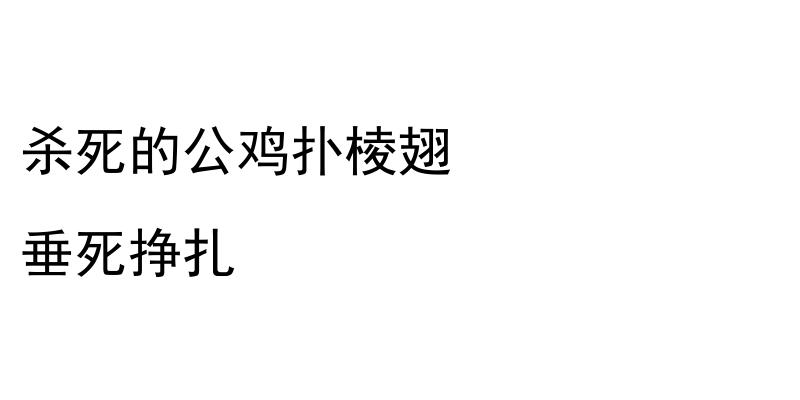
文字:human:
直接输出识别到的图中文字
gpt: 杀死的公鸡扑棱翅 垂死挣扎